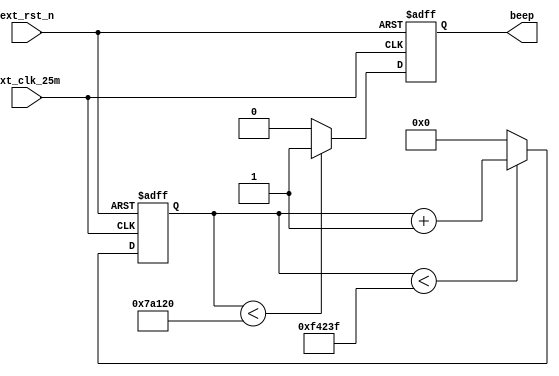
`timescale 1ns / 1ps
//////////////////////////////////////////////////////////////////////////////////
// Company: 
// Engineer: 
// 
// Design Name: 
// Module Name: sp6
// Project Name: 
// Target Devices: 
// Tool Versions: 
// Description: 
// 
// Dependencies: 
// 
// Revision:
// Revision 0.01 - File Created
// Additional Comments:
// 
//////////////////////////////////////////////////////////////////////////////////


module sp6(
			input ext_clk_25m,	//25MHz
			input ext_rst_n,	//
			output reg beep	//1--0--
		);
 
//-------------------------------------
reg[19:0] cnt;		//20
 
	//cnt0-999999ext_clk_25m1000000cnt25Hz
always @ (posedge ext_clk_25m or negedge ext_rst_n)	
	if(!ext_rst_n) cnt <= 20'd0;
	else if(cnt < 20'd999_999) cnt <= cnt+1'b1;
	else cnt <= 20'd0;
 
//-------------------------------------
 
	//25Hz50%
always @ (posedge ext_clk_25m or negedge ext_rst_n) 
	if(!ext_rst_n) beep <= 1'b0;
	else if(cnt < 20'd500_000) beep <= 1'b1;	//
	else beep <= 1'b0;		//
 
endmodule